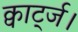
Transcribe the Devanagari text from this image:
क्वार्ट्ज।